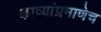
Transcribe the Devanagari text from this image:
काव्यांप्रमाणेच